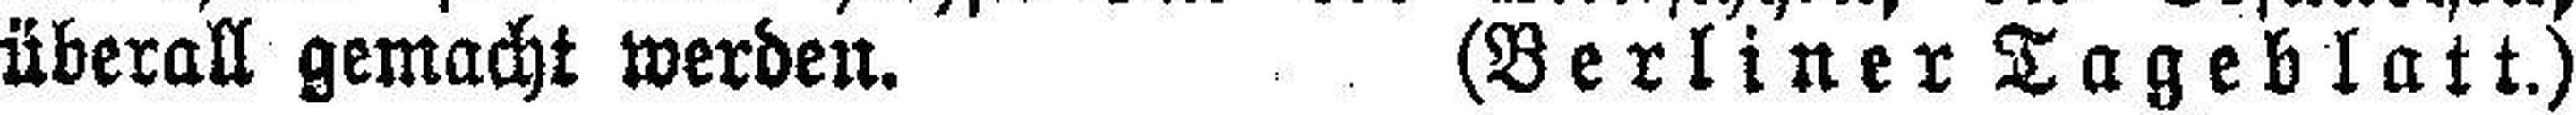
überall gemacht werden. (Berliner Tageblatt.)